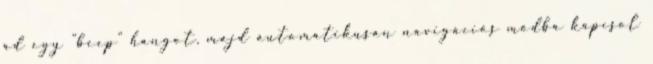
ad egy "beep" hangot, majd automatikusan navigációs módba kapcsol